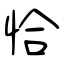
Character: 恰